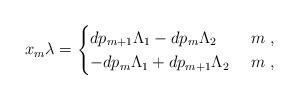
LaTeX: \begin{align*}x_m\lambda=\begin{cases}d p_{m+1}\Lambda_1-d p_m\Lambda_2 &\ m \ ,\\-d p_m\Lambda_1+d p_{m+1}\Lambda_2 &\ m \ ,\\\end{cases}\end{align*}